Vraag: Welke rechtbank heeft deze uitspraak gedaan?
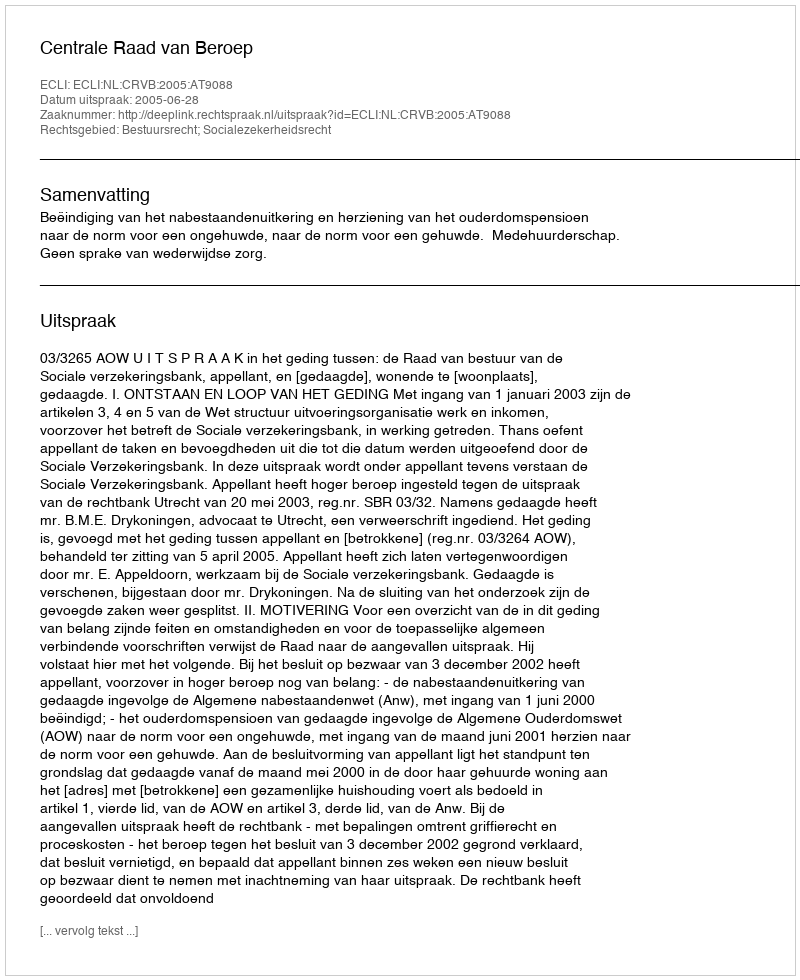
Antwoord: Centrale Raad van Beroep